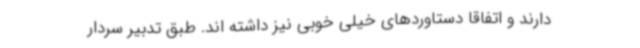
دارند و اتفاقا دستاوردهای خیلی خوبی نیز داشته اند. طبق تدبیر سردار